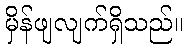
မှိန်ဖျလျက်ရှိသည်။